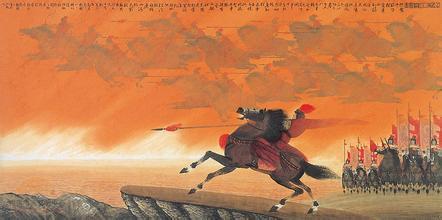
慨当初，倚飞何重，后来何酷。